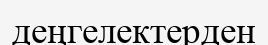
деңгелектерден